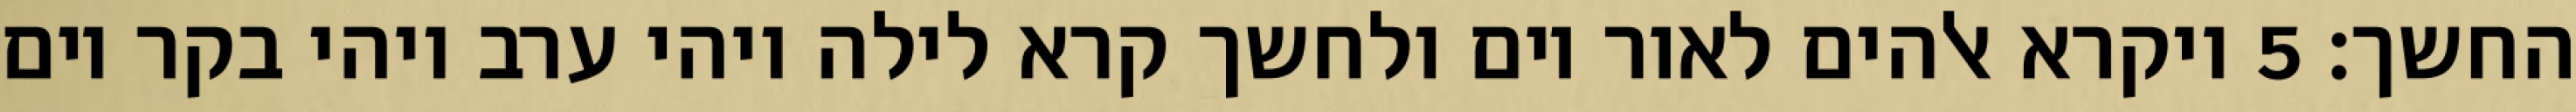
החשך׃ ‎5‏ ויקרא אלהים לאור יום ולחשך קרא לילה ויהי ערב ויהי בקר יום